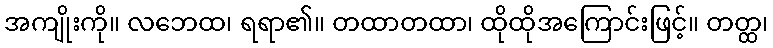
အကျိုးကို။ လဘေထ၊ ရရာ၏။ တထာတထာ၊ ထိုထိုအကြောင်းဖြင့်။ တတ္ထ၊